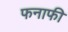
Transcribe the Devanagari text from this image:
फनाफी